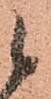
候